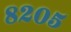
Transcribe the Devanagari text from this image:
८२०५